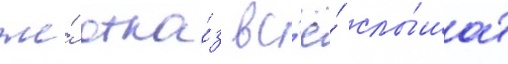
же́ отка́з вс'ё́ слы́шат